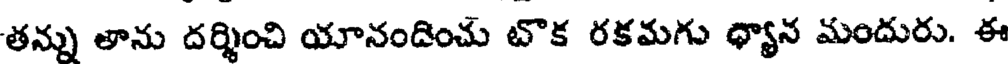
తన్ను తాను దర్శించి యానందించు టొక రకమగు ధ్యాన మందురు. ఈ